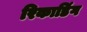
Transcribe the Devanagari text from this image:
रिकाडिंग